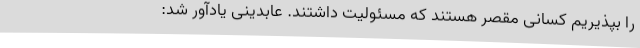
را بپذیریم کسانی مقصر هستند که مسئولیت داشتند. عابدینی یادآور شد: